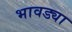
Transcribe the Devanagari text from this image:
भावड्या